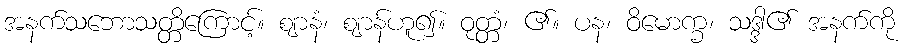
အနက်သဘောသတ္တိကြောင့်။ ဈာနံ၊ ဈာန်ဟူ၍။ ဝုတ္တံ၊ ၏။ ပန၊ ဝိမောက္ခ၊ သဒ္ဒါ၏ အနက်ကို